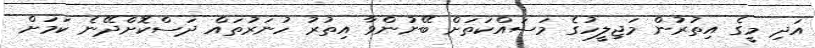
އަދި މީގެ އިތުރުން މަޖިލީހުގެ މަސައްކަތަށް ބޭނުންވާ އިތުރު ހުނަރުތައް ދަސްކޮށްދޭނެ ކަމަށް